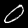
Label: 0